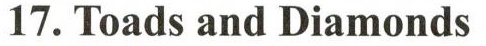
17.Toads and Diamonds